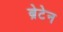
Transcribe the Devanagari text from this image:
ब्रेटेन